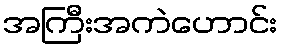
အကြီးအကဲဟောင်း